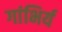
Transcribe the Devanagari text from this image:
गांभिर्य